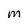
Character: M